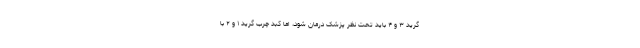
گرید ۳ و ۴ باید تحت نظر پزشک درمان شود، اما کبد چرب گرید ۱ و ۲ با